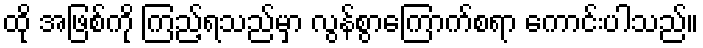
ထို အဖြစ်ကို ကြည့်ရသည်မှာ လွန်စွာကြောက်စရာ ကောင်းပါသည်။